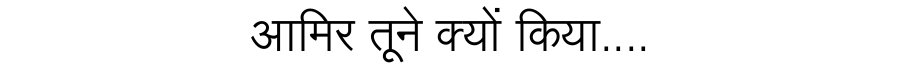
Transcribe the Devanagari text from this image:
आमिर तूने क्यों किया....